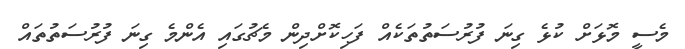
މެސީ މޮޅަށް ކުޅެ ގިނަ ފުރުސަތުތަކެއް ފަހިކޮށްދިން މެޗުގައި އެންމެ ގިނަ ފުރުސަތުތައް